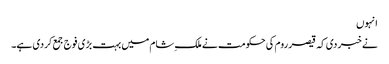
انہوں
نے خبر دی کہ قیصر روم کی حکومت نے ملک ِشام میں بہت بڑی فوج جمع کردی ہے۔